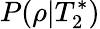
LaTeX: P(\rho|T_{2}^{*})